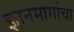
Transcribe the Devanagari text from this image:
ज्ञानमार्गाचा